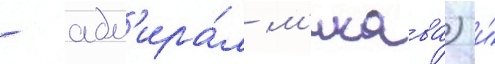
- адм'ира́л м'икава) и́